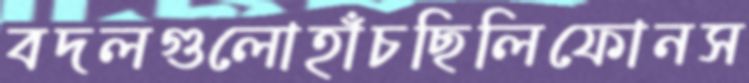
বদলগুলোহাঁচছিলিফোনস